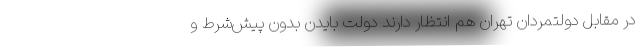
در مقابل دولتمردان تهران هم انتظار دارند دولت بایدن بدون پیش‌شرط و